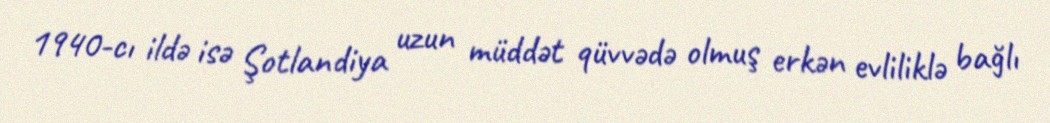
1940-cı ildə isə Şotlandiya uzun müddət qüvvədə olmuş erkən evliliklə bağlı